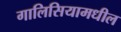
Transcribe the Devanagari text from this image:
गालिसियामधील